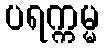
ပရက္ကမ္မ